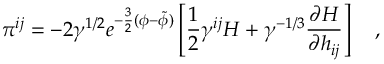
\pi ^ { i j } = - 2 \gamma ^ { 1 / 2 } e ^ { - \frac { 3 } { 2 } ( \phi - \tilde { \phi } ) } \left[ \frac { 1 } { 2 } \gamma ^ { i j } H + \gamma ^ { - 1 / 3 } \frac { \partial H } { \partial h _ { i j } } \right] ~ ~ ~ ,